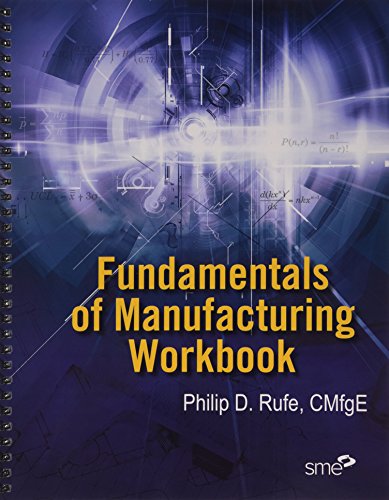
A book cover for Fundamentals of Manufacturing Workbook; Philip D. Rufe; Science & Math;